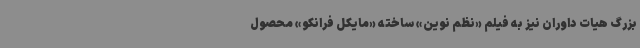
بزرگ هیات داوران نیز به فیلم «نظم نوین» ساخته «مایکل فرانکو» محصول